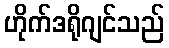
ဟိုက်ဒရိုဂျင်သည်